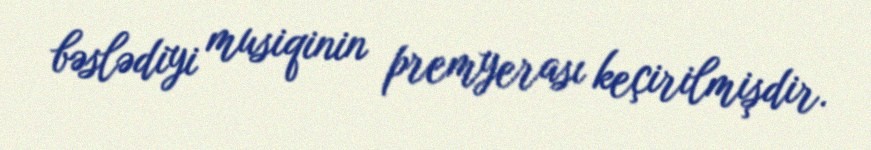
bəslədiyi musiqinin premyerası keçirilmişdir.